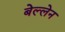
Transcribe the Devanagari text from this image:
बेल्लेन